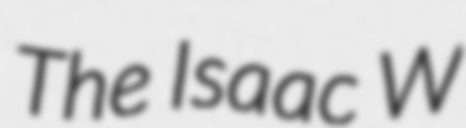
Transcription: The Isaac W